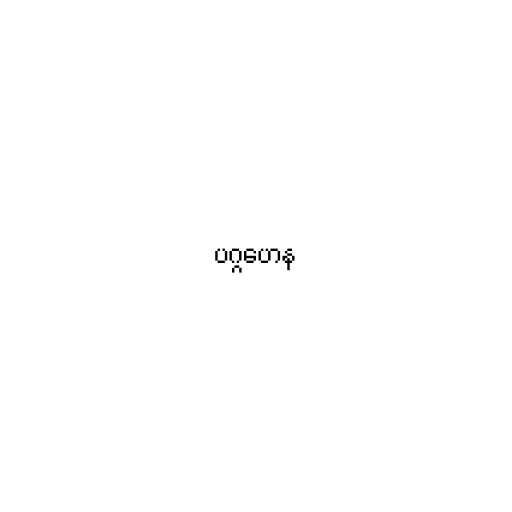
ပဂ္ဂဟေန